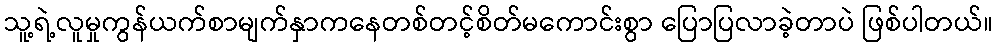
သူ့ရဲ့လူမှုကွန်ယက်စာမျက်နှာကနေတစ်တင့်စိတ်မကောင်းစွာ ပြောပြလာခဲ့တာပဲ ဖြစ်ပါတယ်။